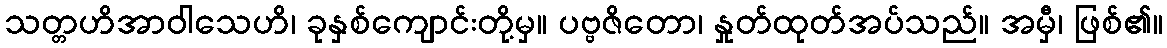
သတ္တဟိအာဝါသေဟိ၊ ခုနှစ်ကျောင်းတို့မှ။ ပဗ္ဗဇိတော၊ နှုတ်ထုတ်အပ်သည်။ အမှီ၊ ဖြစ်၏။